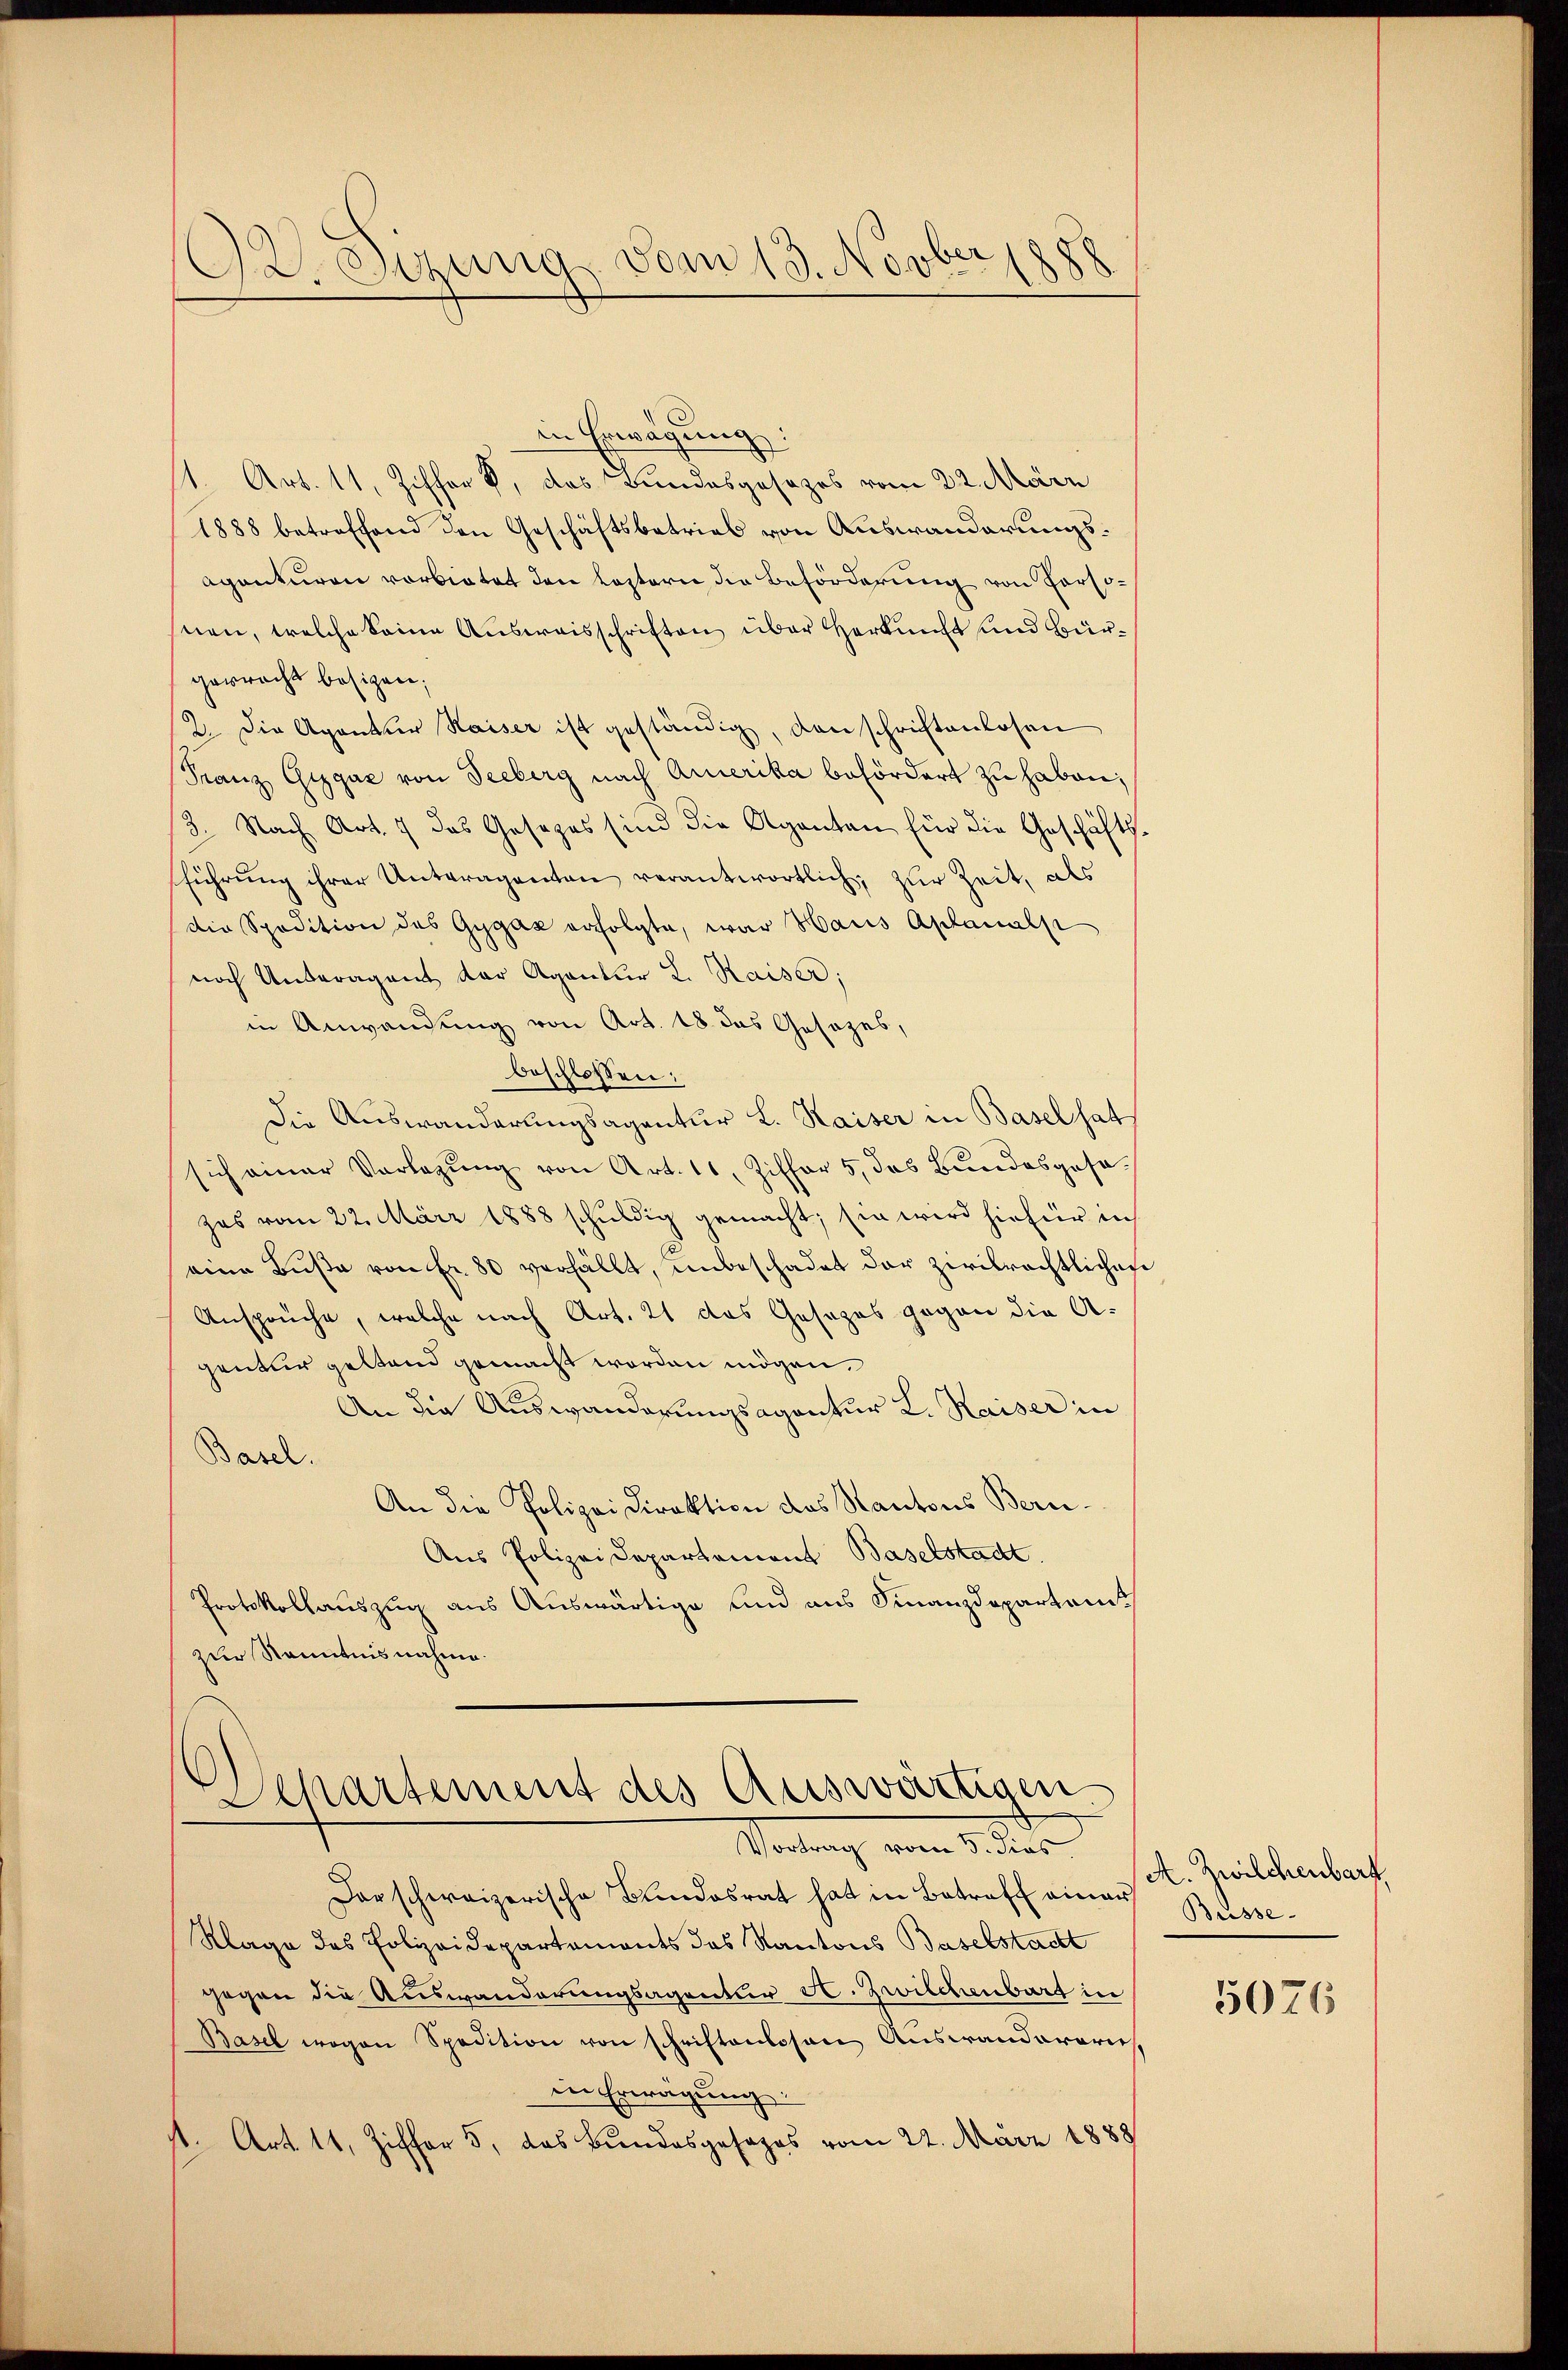
92. Sizung vom 13. Novber 18

in Erwägung:
1. Art. 11, Ziffer, das Bundesgesezes vom 22. März
1888 betreffend den Geschäftsbetrieb von Auswanderungsaganturen vorbietet den Leztern die Beförderung von Persosnen, welche Seine Ausweisschriften über Herkunft und Bürgerrecht besizen,
2. Die Agentur Kaiser ist geständig, den schriftenlosen
Franz Gigaz von Seeberg nach Amerika befördert zu haben;
3. Nach Art. 7 das Gesezes sind die Aganten für die Geschäfts-
führŭng ihrer Unteraganten verantwortlich, zur Zeit, als
die Spedition des Gygaz erfolgte, war Haus Aplanalp
noch Unteragent der Agentur L. Kaiser;
in Anwandung von Art. 18. das Gesezes,
beschlossen:
Die Auswanderungsagentur L. Kaiser in Basel hat
sich einer Vorlegŭng von Art. 11. Ziffer 5, das Bŭndesgesa
zes vom 22. März 1888 schuldig gemacht; sie wird hiefür in
eine Bŭβe von Fr. 80 verfällt, unbeschadet der zivilrechtlichen
Ansprüche, welche nach Art. 21 das Gesezes gegen die A.
gentur gestand gemacht worden mögen.
An die Auswanderungsagantur L. Kaiser in
Basel.
An die Polizeidirektion das Kantons Beru¬
Aus Polizei Departement Baselstadt
Protokollauszug aus Auswärtige und aus Finanzdepartamt
zur Kenntnisnahme.

Separtement des Auswärtigen
Vortrag vom 5. dies

Dar schweizerische Bundesrat hat in Betreff einer
Klage des Polizeidepartemonts des Kantons Baselstacht
gegen die Auswanderungsagentur H. Zwilchenbart in
Basel wegen Spedition von schriftenlosen Auswanderaris,
in Erwägung
1. Art. 11, Ziffer 5, das Bundesgesezes vom 22. März 1888

A. Zwilchenbart,
Büsse.

5076